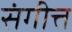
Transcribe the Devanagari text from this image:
संगीत्त